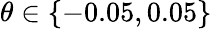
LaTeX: \theta\in\{ -0.05,0.05\}